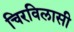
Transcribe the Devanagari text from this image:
चिरविलासी